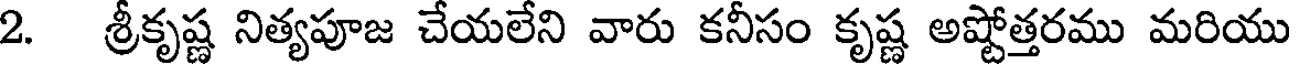
2. శ్రీకృష్ణ నిత్యపూజ చేయలేని వారు కనీసం కృష్ణ అష్టోత్తరము మరియు